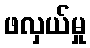
ဖလှယ်မှု